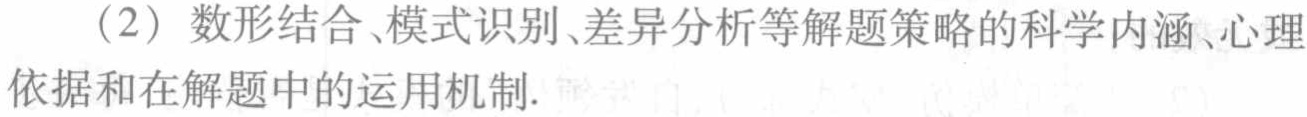
（2）数形结合、模式识别、差异分析等解题策略的科学内涵、心理依据和在解题中的运用机制.